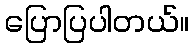
ပြောပြပါတယ်။